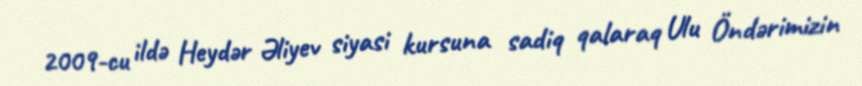
2009-cu ildə Heydər Əliyev siyasi kursuna sadiq qalaraq Ulu Öndərimizin